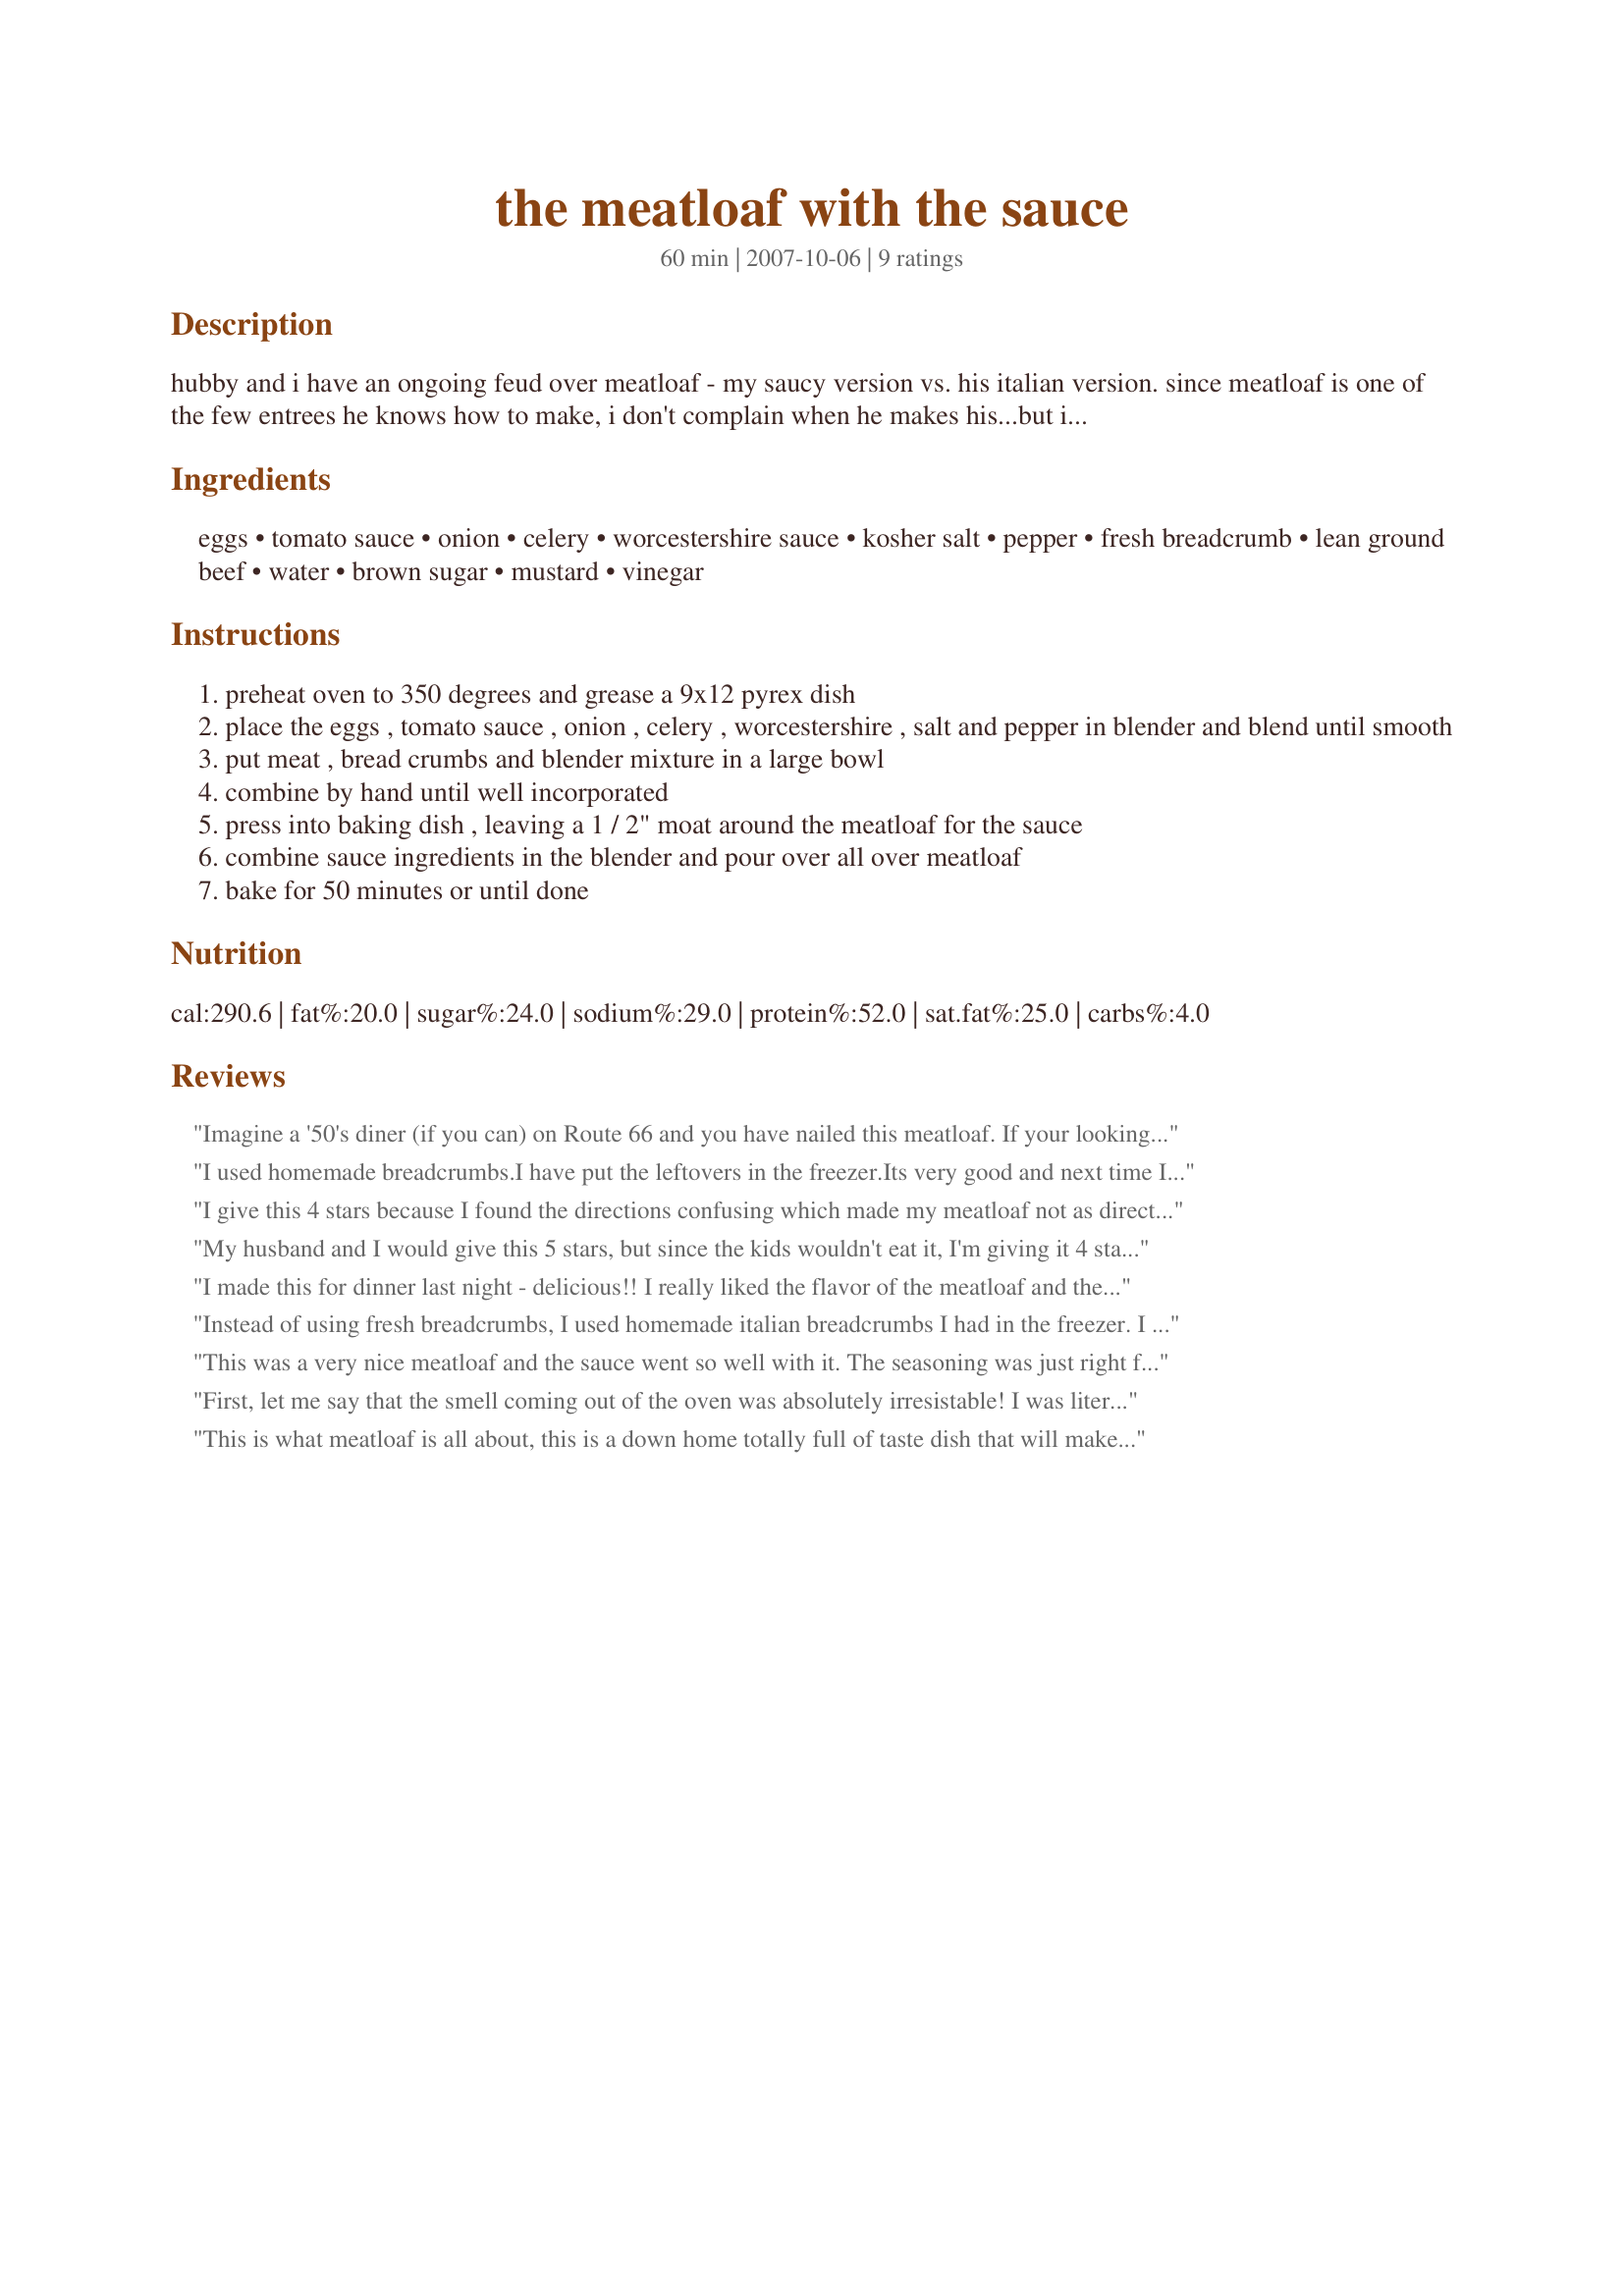
the meatloaf with the sauce
Preparation time: 60 minutes

hubby and i have an ongoing feud over meatloaf - my saucy version vs. his italian version. since meatloaf is one of the few entrees he knows how to make, i don't complain when he makes his...but i definitely prefer this one!

Ingredients:
eggs, tomato sauce, onion, celery, worcestershire sauce, kosher salt, pepper, fresh breadcrumb, lean ground beef, water, brown sugar, mustard, vinegar

Steps:
preheat oven to 350 degrees and grease a 9x12 pyrex dish
place the eggs , tomato sauce , onion , celery , worcestershire , salt and pepper in blender and blend until smooth
put meat , bread crumbs and blender mixture in a large bowl
combine by hand until well incorporated
press into baking dish , leaving a 1 / 2" moat around the meatloaf for the sauce
combine sauce ingredients in the blender and pour over all over meatloaf
bake for 50 minutes or until done

Reviews:
Imagine a '50's diner (if you can) on Route 66 and you have nailed this meatloaf. If your looking to get a certain guy to propose just make this for him and tell him that he's not getting it again untill the week after the honeymoon :D. I wasn't going to have any ( don't eat ground beef happily) so I made 1/2 the recipe just for DH but the aroma coming from the oven while it was cooking was over powering and I had to have a slice too. It was meatloaf Nervana. Rich full flavor that delivered all that the aroma promised. Don't miss this one!
I used homemade breadcrumbs.I have put the leftovers in the freezer.Its very good and next time I will make double sauce.
I give this 4 stars because I found the directions confusing which made my meatloaf not as directed, step 5, takes the sauce ingredients into account and is the last step separate from the meatloaf preparation itself. I know this looks simple but its easy to combine everything all at once which makes for some problems. Great dish will make again, the right way!!
My husband and I would give this 5 stars, but since the kids wouldn't eat it, I'm giving it 4 stars. I thought the flavor was very nice, and subtle, but the kiddos declared it was too oniony. I think most kids would be fine with this recipe - mine were probably just in a mood tonight. Thanks for an easy to make recipe!
I made this for dinner last night - delicious!! I really liked the flavor of the meatloaf and the sauce gives it the final touches!! YUM!!
Instead of using fresh breadcrumbs, I used homemade italian breadcrumbs I had in the freezer. I diced the onion and the celery. I didn't use a lot of salt. I really liked it :) Thanks Puppitypup :) Made for holiday tag.
This was a very nice meatloaf and the sauce went so well with it. The seasoning was just right for us. I did have to use more breadcrumbs than stated to get a good consistency. We really enjoyed this and look forward to sandwiches using the leftovers. Thanks
First, let me say that the smell coming out of the oven was absolutely irresistable! I was literally drooling while waiting for this to come out of the oven. DS is not an onion fan, so I reduced the onions a bit. However, the meatloaf still tasted quite "oniony". My sauce turned out very thin, so I'd eliminate the water next time. The smell deserves 5 stars, but the poll around the table was 3 & 4 stars for the meatloaf and sauce.
This is what meatloaf is all about, this is a down home totally full of taste dish that will make your wonder why you still want to use the old tired recipe. This exemplifies all parts of the "meatloaf" experience. Just follow this exactly and you won't be disappointed! I did so, and have to say, the aroma from baking in the oven was almost so to much to bear not snatching little bites out of the oven. I had homemade bread that needed to be ground up so I used this in place of bought breadcrumbs. The sauce is a light, delightful little *kick* topping that only enhances the whole meatloaf. Will make this again; in fact will be making it again tomorrow for Saturday Lunch at the Farm. Made for *Spring Spectacular* April 2008
